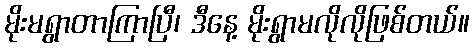
မိုးမရွာတာကြာပြီ၊ ဒီနေ့ မိုးရွာမလိုလိုဖြစ်တယ်။